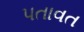
પતાવત